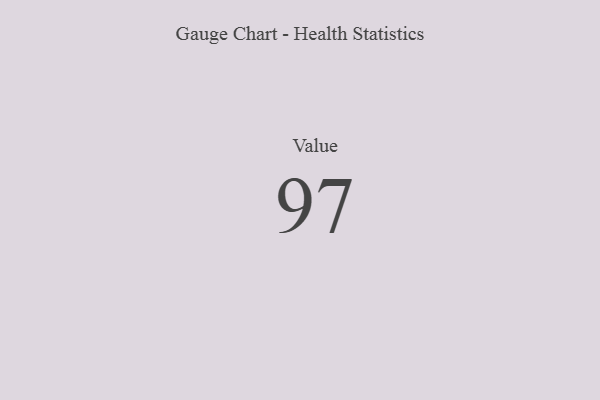
{"axis": {"x": "Metric", "y": "Value"}, "legend": [""], "data": [{"x": "Value", "y": 97, "type": ""}]}